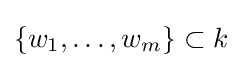
\{w_{1},\dots ,w_{m}\}\subset k